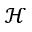
\mathcal { H }